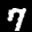
Label: 7